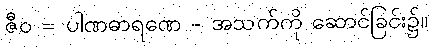
ဇီဝ = ပါဏဓာရဏေ - အသက်ကို ဆောင်ခြင်း၌။